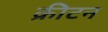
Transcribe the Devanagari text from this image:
क्रीटन